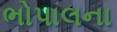
ભોપાલના